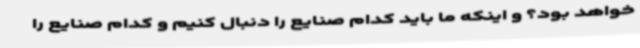
خواهد بود؟ و اینکه ما باید کدام صنایع را دنبال کنیم و کدام صنایع را